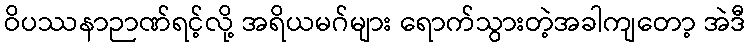
ဝိပဿနာဉာဏ်ရင့်လို့ အရိယမဂ်များ ရောက်သွားတဲ့အခါကျတော့ အဲဒီ